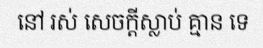
នៅ រស់ សេចក្តីស្លាប់ គ្មាន ទេ